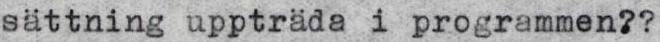
sättning uppträda i programmen??